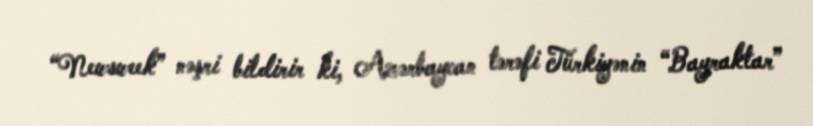
“Newsweek” nəşri bildirir ki, Azərbaycan tərəfi Türkiyənin “Bayraktar”